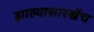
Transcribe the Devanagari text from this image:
झाल्यासारखेंच